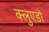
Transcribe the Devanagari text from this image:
क्लुएडो